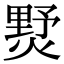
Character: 𤍓